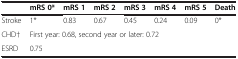
<table><thead><tr><td></td><td><b>mRS 0*</b></td><td><b>mRS 1</b></td><td><b>mRS 2</b></td><td><b>mRS 3</b></td><td><b>mRS 4</b></td><td><b>mRS 5</b></td><td><b>Death</b></td></tr></thead><tbody><tr><td>Stroke</td><td>1*</td><td>0.83</td><td>0.67</td><td>0.45</td><td>0.24</td><td>0.09</td><td>0*</td></tr><tr><td>CHD†</td><td colspan="7">First year: 0.68, second year or later: 0.72</td></tr><tr><td>ESRD</td><td colspan="7">0.75</td></tr></tbody></table>